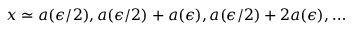
x \simeq a ( \epsilon / 2 ) , a ( \epsilon / 2 ) + a ( \epsilon ) , a ( \epsilon / 2 ) + 2 a ( \epsilon ) , \ldots